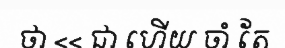
ថា << ជា ហើយ ចាំ តែ